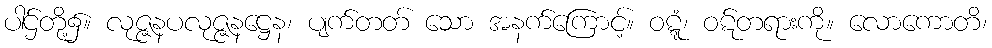
ပါဌ်တို့၌။ လုဇ္ဇနပလုဇ္ဇနဋ္ဌေန၊ ပျက်တတ် သော အနက်ကြောင့်။ ဝဋ္ဋံ၊ ဝဋ်တရားကို။ လောကောတိ၊